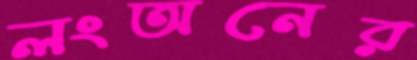
লংঅনের